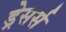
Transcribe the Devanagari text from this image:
ड्रेसर्स